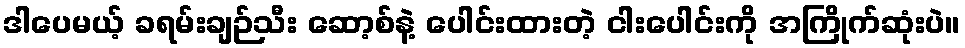
ဒါပေမယ့် ခရမ်းချဉ်သီး ဆော့စ်နဲ့ ပေါင်းထားတဲ့ ငါးပေါင်းကို အကြိုက်ဆုံးပဲ။